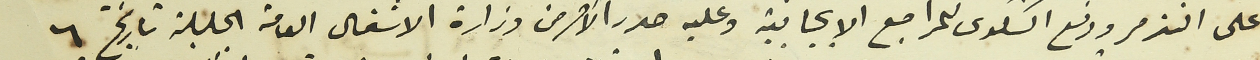
على التذمر ودفع الشكوى للمراجع الايجابية وعليه صدر الأمر من وزارة الاشغال العامة الجليلة تاريخ ٦